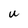
Character: U